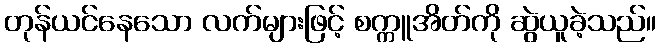
တုန်ယင်နေသော လက်များဖြင့် စက္ကူအိတ်ကို ဆွဲယူခဲ့သည်။